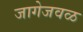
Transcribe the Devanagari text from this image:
जागेजवळ